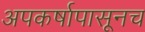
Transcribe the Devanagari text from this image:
अपकर्षापासूनच